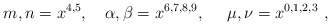
\begin{align*}m,n = x^{4,5}, ~~~ \alpha, \beta = x^{6,7,8,9}, ~~~~ \mu, \nu =x^{0,1,2,3} \ ,\end{align*}